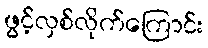
ဖွင့်လှစ်လိုက်ကြောင်း